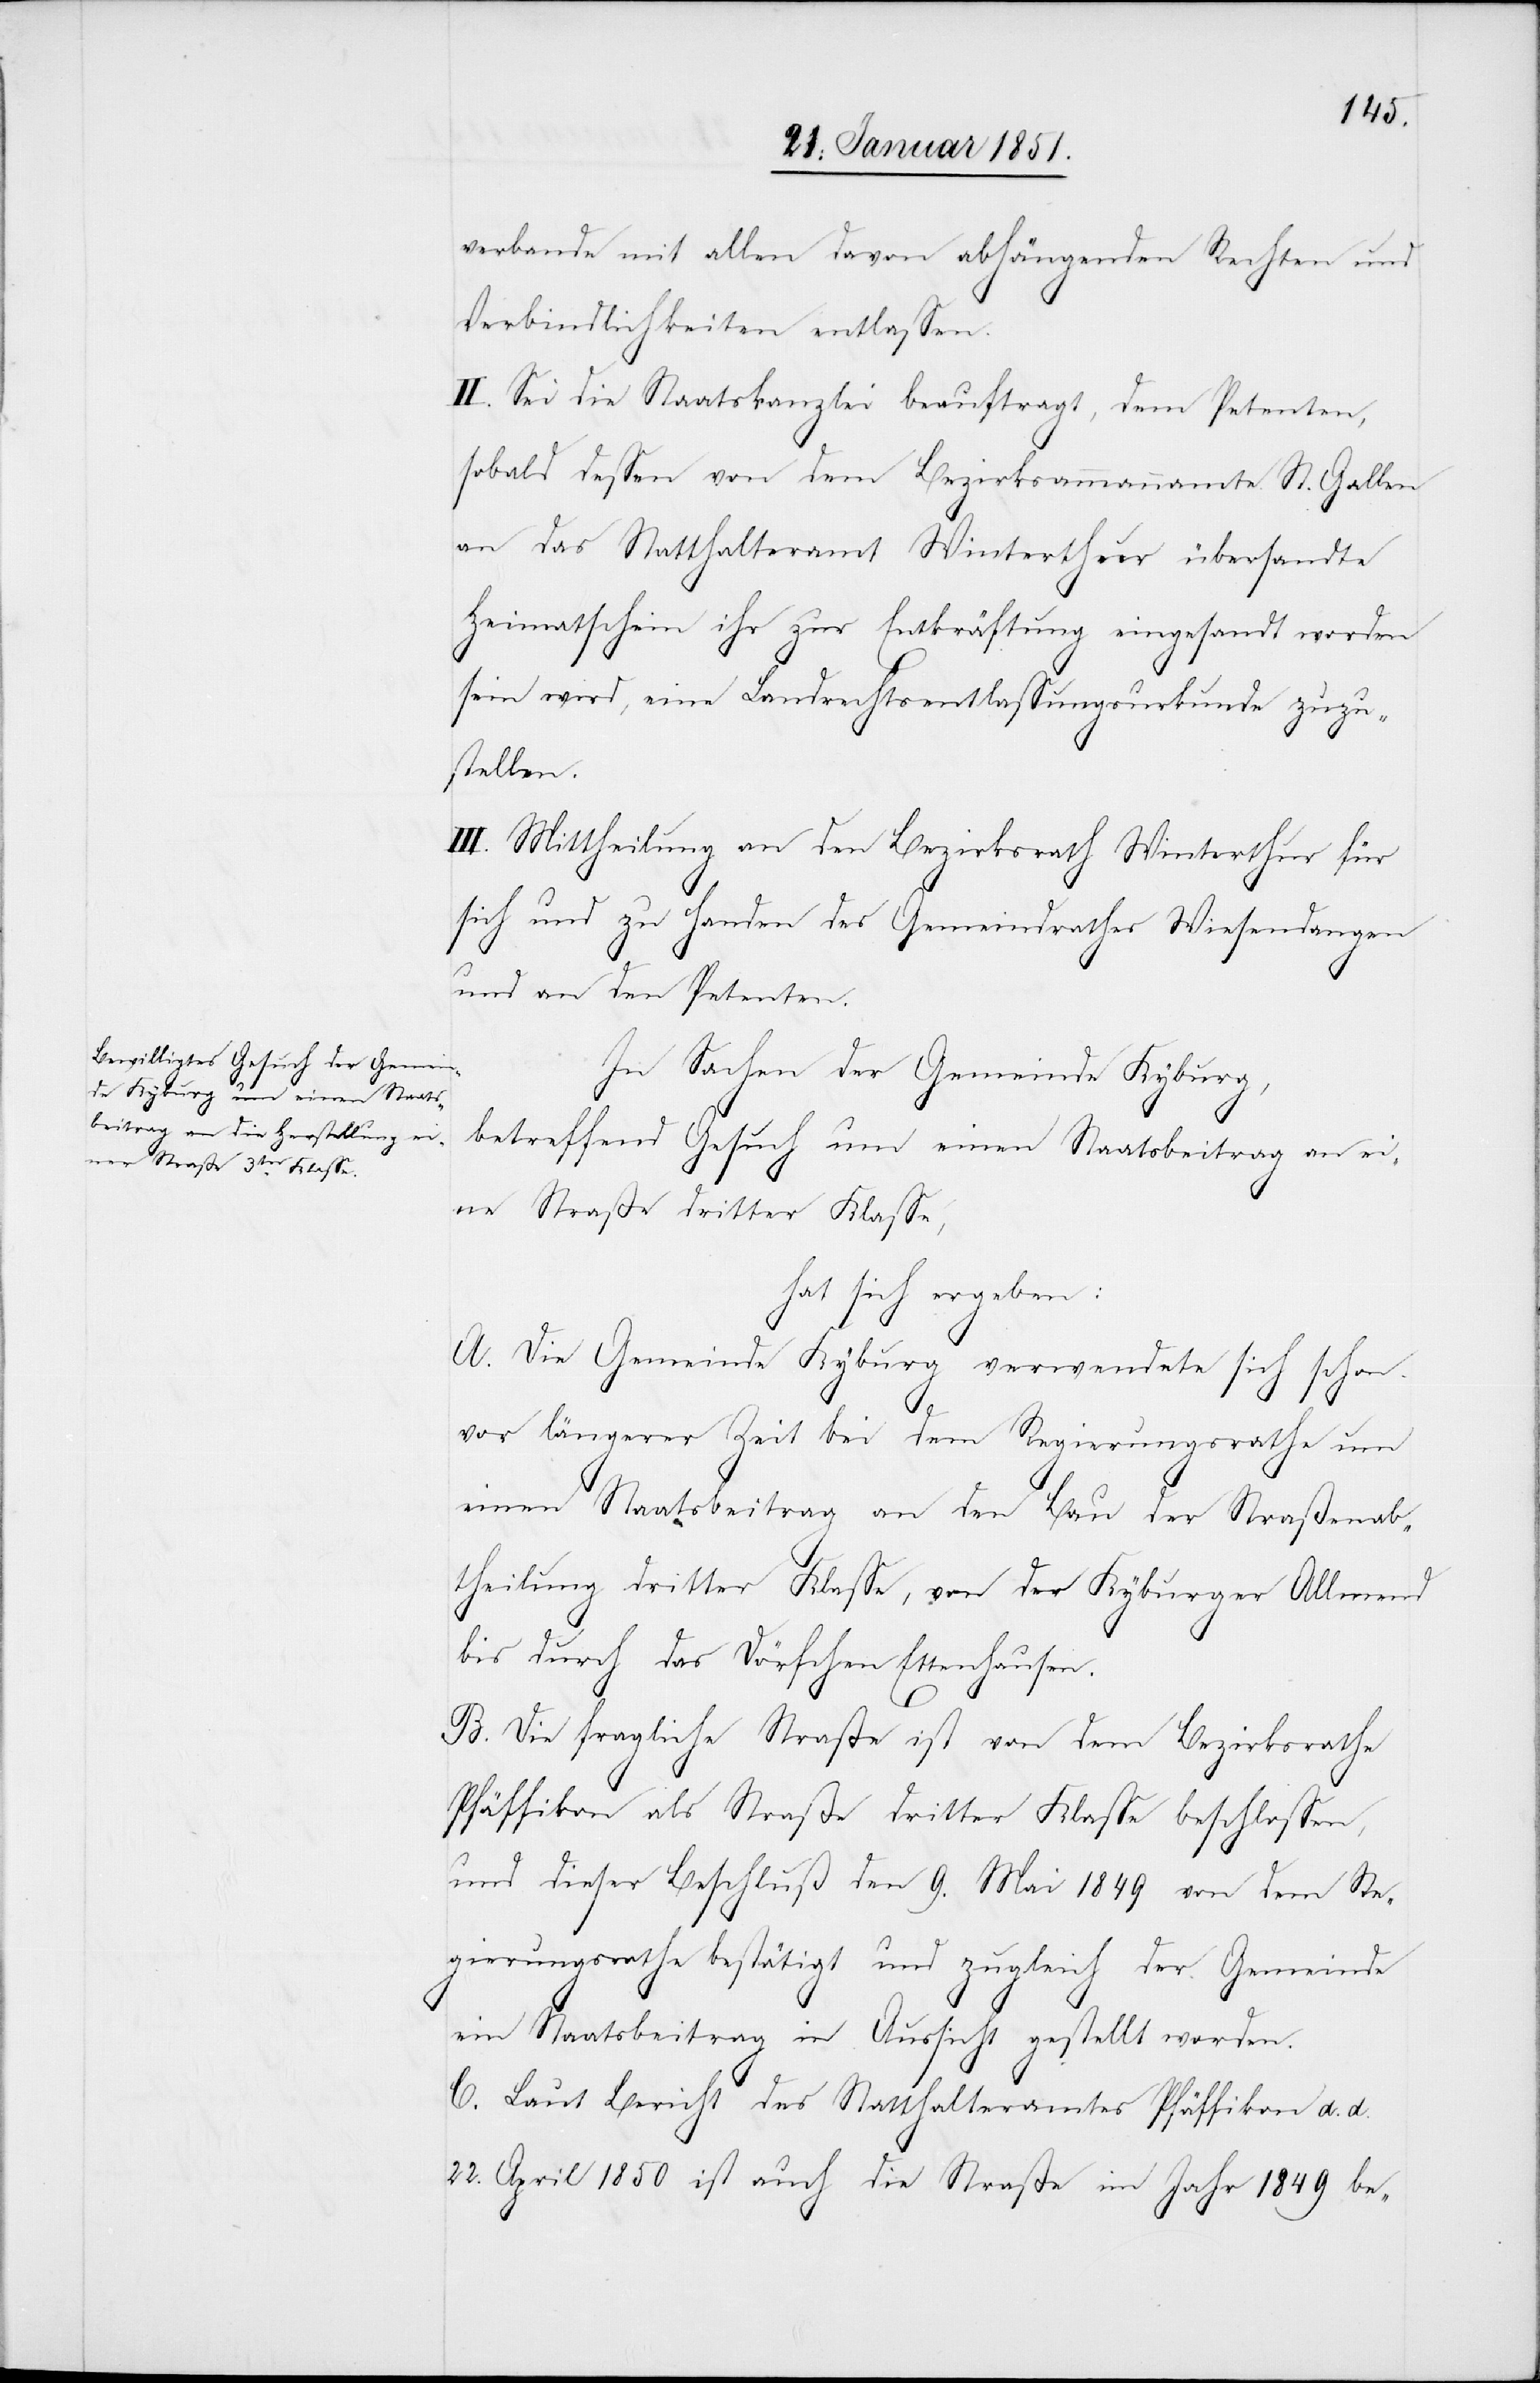
verbande mit allen davon abhängenden Rechten und
Verbindlichkeiten entlassen.
II. Sei die Staatskanzlei beauftragt, dem Petenten,
sobald dessen von dem Bezirksammannamte St. Gallen
an das Statthalteramt Winterthur übersandte
Heimatschein ihr zur Entkräftung eingesandt worden
sein wird, eine Landrechtsentlassungsurkunde zuzu¬
stellen.
III. Mittheilung an den Bezirksrath Winterthur für
sich und zu Handen des Gemeindrathes Wiesendangen
und an den Petenten.
In Sachen der Gemeinde Kyburg,
betreffend Gesuch um einen Staatsbeitrag an ei¬
ne Straße dritter Klasse,
hat sich ergeben:
A. Die Gemeinde Kyburg verwendete sich schon
vor längerer Zeit bei dem Regierungsrathe um
einen Staatsbeitrag an den Bau der Straßenab¬
theilung dritter Klasse, von der Kyburger Allmend
bis durch das Dörfchen Ettenhausen.
B. Die fragliche Straße ist von dem Bezirksrathe
Pfäffikon als Straße dritter Klasse beschlossen,
und dieser Beschluß den 9. Mai 1849 von dem Re¬
gierungsrathe bestätigt und zugleich der Gemeinde
ein Staatsbeitrag in Aussicht gestellt worden.
C. Laut Bericht des Statthalteramtes Pfäffikon d. d.
22. April 1850 ist auch die Straße im Jahr 1849 be-